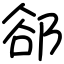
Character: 郤